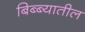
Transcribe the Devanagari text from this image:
बिब्ब्यातील